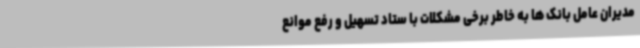
مدیران عامل بانک ها به خاطر برخی مشکلات با ستاد تسهیل و رفع موانع